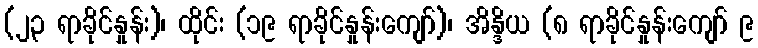
(၂၃ ရာခိုင်နှုန်း)၊ ထိုင်း (၁၉ ရာခိုင်နှုန်းကျော်)၊ အိန္ဒိယ (၈ ရာခိုင်နှုန်းကျော် ၉